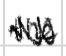
Text: the
Cross-out: zig-zag
Writing tool: digital_black